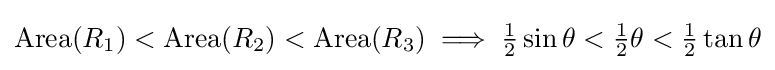
{\text{Area}}(R_{1})<{\text{Area}}(R_{2})<{\text{Area}}(R_{3})\implies {\tfrac {1}{2}}\sin \theta <{\tfrac {1}{2}}\theta <{\tfrac {1}{2}}\tan \theta